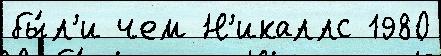
бы́л'и чем Н'икаллс 1980